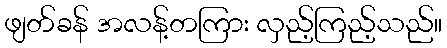
ဖျတ်ခန် အလန့်တကြား လှည့်ကြည့်သည်။